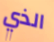
الذي